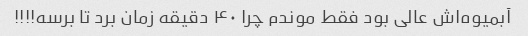
آبمیوه‌اش عالی بود فقط موندم چرا ۴۰ دقیقه زمان برد تا برسه!!!!